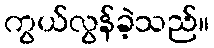
ကွယ်လွန်ခဲ့သည်။